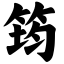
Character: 筠